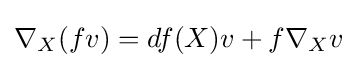
\nabla _{X}(fv)=df(X)v+f\nabla _{X}v